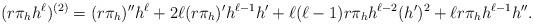
LaTeX: \begin{align*}(r \pi_h h^\ell)^{(2)} = (r\pi_h)'' h^\ell + 2 \ell (r \pi_h)' h^{\ell-1} h' + \ell(\ell-1)r\pi_h h^{\ell-2}( h')^2 + \ell r\pi_h h^{\ell-1} h''.\end{align*}